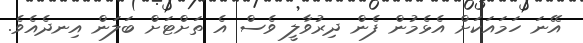
އޭނަ ހަމައަކަށް އެޅެމުން ފެން ދިރުވާލީ ވެސް އެ ތަށްޓަށް ބަލަން އިނދެއެވެ.